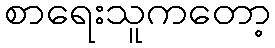
စာရေးသူကတော့